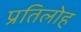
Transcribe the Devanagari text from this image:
प्रतिलोह